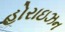
હોરાઇઝન